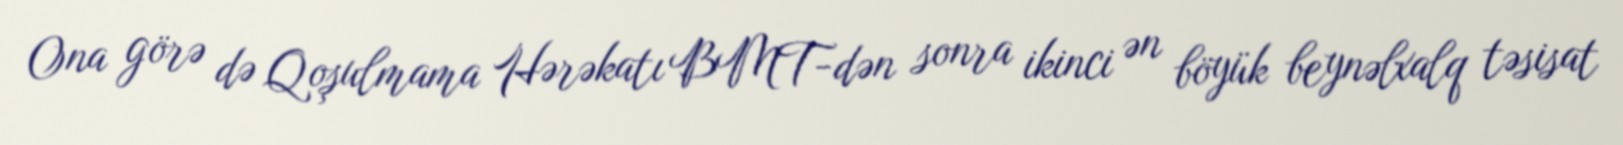
Ona görə də Qoşulmama Hərəkatı BMT-dən sonra ikinci ən böyük beynəlxalq təsisat